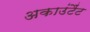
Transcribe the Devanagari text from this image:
अकाउंटैंट